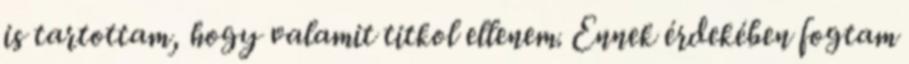
is tartottam, hogy valamit titkol ellenem. Ennek érdekében fogtam